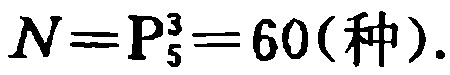
\(N = \mathrm{P}_{5}^{3} = 60(\text{种})\)